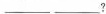
___ ___?